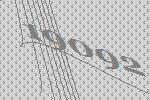
19092